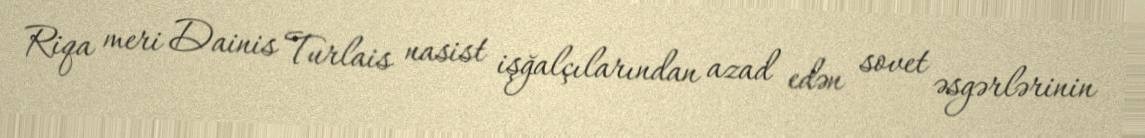
Riqa meri Dainis Turlais nasist işğalçılarından azad edən sovet əsgərlərinin